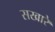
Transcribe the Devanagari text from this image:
सखारे